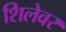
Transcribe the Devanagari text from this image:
शिलेवर